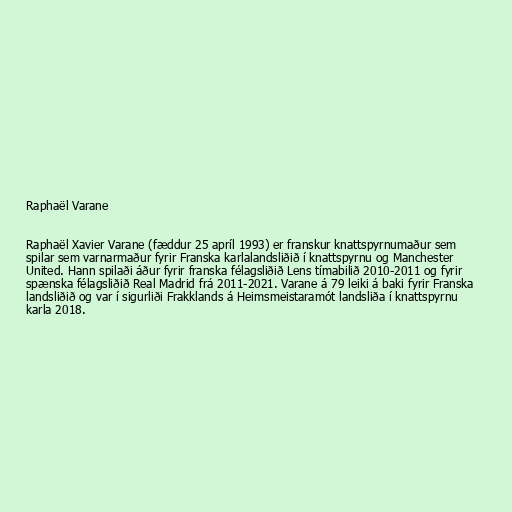
Raphaël Varane

Raphaël Xavier Varane (fæddur 25 apríl 1993) er franskur knattspyrnumaður sem
spilar sem varnarmaður fyrir Franska karlalandsliðið í knattspyrnu og Manchester
United. Hann spilaði áður fyrir franska félagsliðið Lens tímabilið 2010-2011 og fyrir
spænska félagsliðið Real Madrid frá 2011-2021. Varane á 79 leiki á baki fyrir Franska
landsliðið og var í sigurliði Frakklands á Heimsmeistaramót landsliða í knattspyrnu
karla 2018.